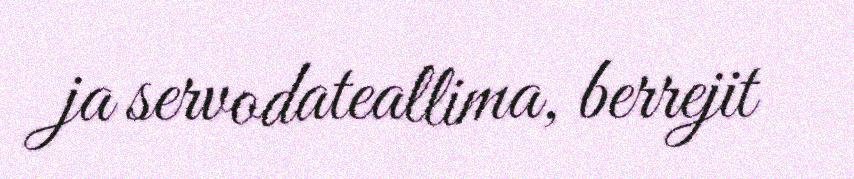
ja servodateallima, berrejit